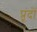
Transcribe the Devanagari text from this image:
प्रूंदों